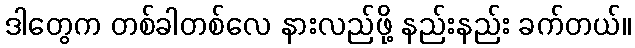
ဒါတွေက တစ်ခါတစ်လေ နားလည်ဖို့ နည်းနည်း ခက်တယ်။